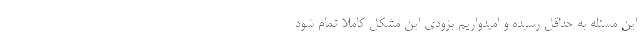
این مسئله به حداقل رسیده و امیدواریم بزودی این مشکل کاملاً تمام شود